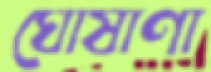
ঘোষাণা